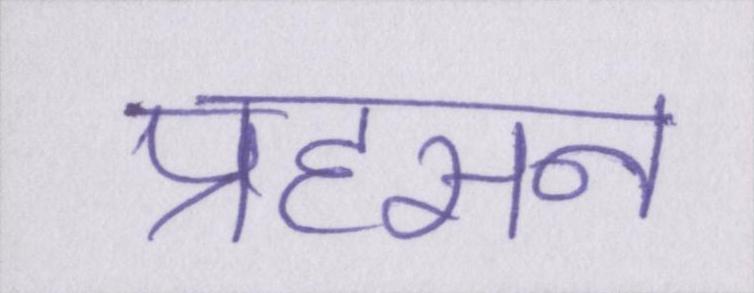
प्रहसन